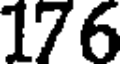
176